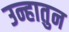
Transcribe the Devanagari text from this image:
उन्हातुन